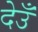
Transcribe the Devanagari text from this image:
देउँ